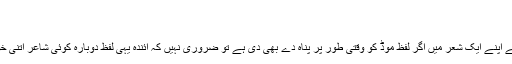
مثلاً یہ شعر …
؎ جیسا موڈ ہو ویسا منظر ہوتا ہے
…اس بات کا ثبوت ہے کہ غزل نے اپنے ایک شعر میں اگر لفظ موڈ کو وقتی طور پر پناہ دے بھی دی ہے تو ضروری نہیں کہ آئندہ یہی لفظ دوبارہ کوئی شاعر اتنی خوبی سے اپنے شعر میں بٹھا سکے۔